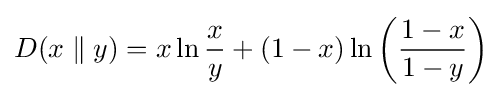
D(x\parallel y)=x\ln {\frac {x}{y}}+(1-x)\ln \left({\frac {1-x}{1-y}}\right)